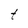
Character: t